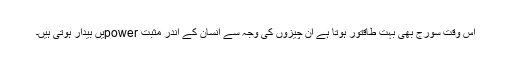
اس وقت سورج بھی بہت طاقتور ہوتا ہے ان چیزوں کی وجہ سے انسان کے اندر مثبت powerیں بیدار ہوتی ہیں۔